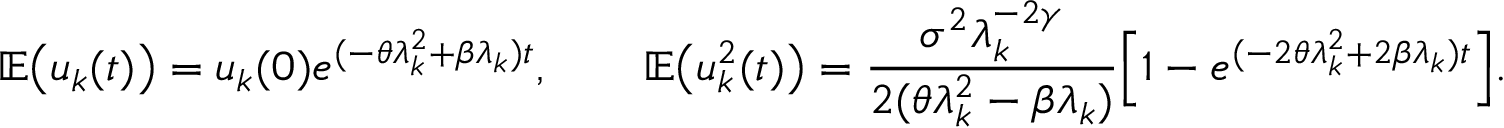
\mathbb E \big ( u _ { k } ( t ) \big ) = u _ { k } ( 0 ) e ^ { ( - \theta \lambda _ { k } ^ { 2 } + \beta \lambda _ { k } ) t } , \qquad \mathbb E \big ( u _ { k } ^ { 2 } ( t ) \big ) = \frac { \sigma ^ { 2 } \lambda _ { k } ^ { - 2 \gamma } } { 2 ( \theta \lambda _ { k } ^ { 2 } - \beta \lambda _ { k } ) } \Big [ 1 - e ^ { ( - 2 \theta \lambda _ { k } ^ { 2 } + 2 \beta \lambda _ { k } ) t } \Big ] .